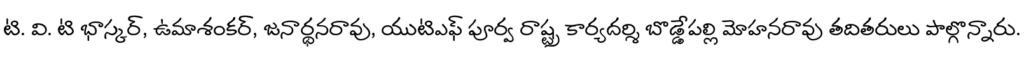
టి. వి. టి భాస్కర్, ఉమాశంకర్, జనార్థనరావు, యుటిఎఫ్ పూర్వ రాష్ట్ర కార్యదర్శి బొడ్డేపల్లి మోహనరావు తదితరులు పాల్గొన్నారు.